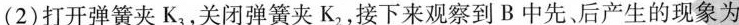
(2)打开弹簧夹K_{3}，关闭弹簧夹K_{2}，接下来观察到B中先、后产生的现象为